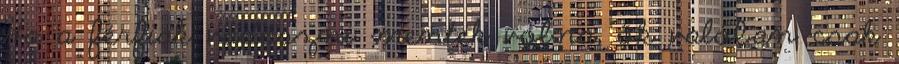
Ha a férfiak vadászni mentek volna, ők valóban csak